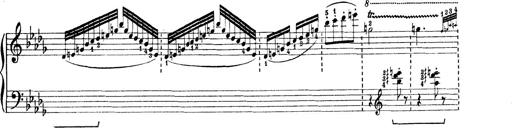
Title: Rapsodie: 19 ungheresi, 1 spagnuola
Composer: Franz Liszt